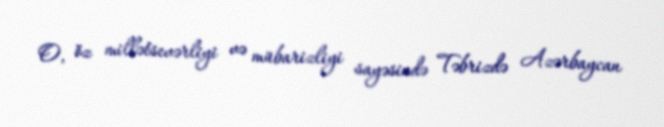
O, öz millətsevərliyi və mübarizliyi sayəsində Təbrizdə Azərbaycan